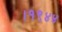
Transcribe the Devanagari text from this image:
।१९४४